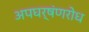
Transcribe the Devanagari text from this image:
अपघर्षंणरोध